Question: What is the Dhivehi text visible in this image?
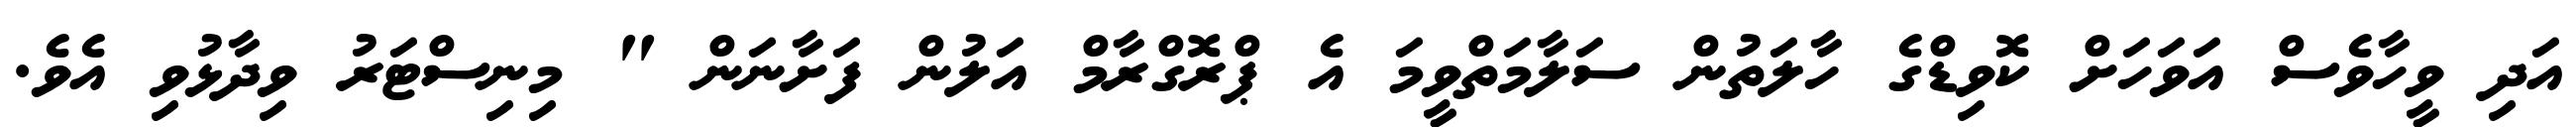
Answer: އަދި ވީހާވެސް އަވަހަށް ކޮވިޑްގެ ހާލަތުން ސަލާމަތްވީމަ އެ ޕްރޮގްރާމް އަލުން ފަށާނަން " މިނިސްޓަރު ވިދާޅުވި އެވެ.